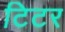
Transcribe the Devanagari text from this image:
टिटर